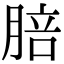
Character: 䏽